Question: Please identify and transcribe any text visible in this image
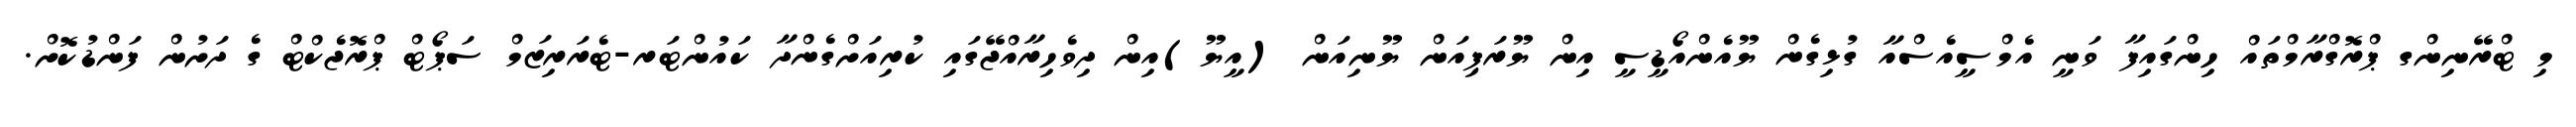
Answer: މި ޓްރޭނިންގ ޕްރޮގްރާމްތައް ހިންގައިފާ ވަނީ އެމްސީއެސްއާ ގުޅިގެން ޔޫއެންއޯޑީސީ އިން ޔޫރަޕިއަން ޔޫނިއަން (އީޔޫ)އިން ދިވެހިރާއްޖޭގައި ކުރިއަށްގެންދާ ކައުންޓަރ-ޓެރަރިޒަމް ސަޕޯޓް ޕްރޮޖެކްޓް ގެ ދަށުން ފަންޑުކޮށް.